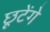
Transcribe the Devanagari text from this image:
छूटेंगे